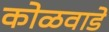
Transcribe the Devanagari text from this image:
कोळवाडे